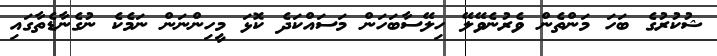
ޝުކުރުގެ ބަހަ މަންތެން ވެރުނެވޭލޭ ހިލޭސާބަހަން މަސައްކަދެ ކޮޅަ މީހިންނަން ނަމެކެ ނުގެނާޑެތާގައި